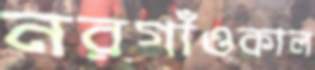
নরগাঁওকাল